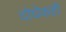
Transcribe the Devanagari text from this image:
दोघेकही